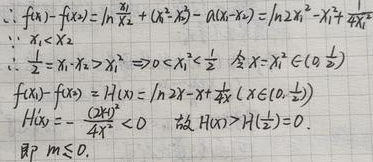
\(\because f(x_1)-f(x_2)=\ln\frac{x_1}{x_2}+(x_1^{2}-x_2^{2})-a(x_1 - x_2)=\ln2x_1^{2}-x_1^{2}+\frac{1}{4x_1^{2}}\)
\(\because x_1<x_2\)
\(\therefore \frac{1}{2}=x_1\cdot x_2>x_1^{2}\Rightarrow 0<x_1^{2}<\frac{1}{2}\) 令 \(X = x_1^{2}\in(0,\frac{1}{2})\)
\(f(x_1)-f(x_2)=H(x)=\ln 2x - x+\frac{1}{4x}(x\in(0,\frac{1}{2}))\)
\(H'(x)=-\frac{(2x - 1)^{2}}{4x^{2}}<0\) 故 \(H(x)>H(\frac{1}{2}) = 0\).
即 \(m\leq0\).